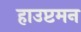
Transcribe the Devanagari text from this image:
हाउप्टमन